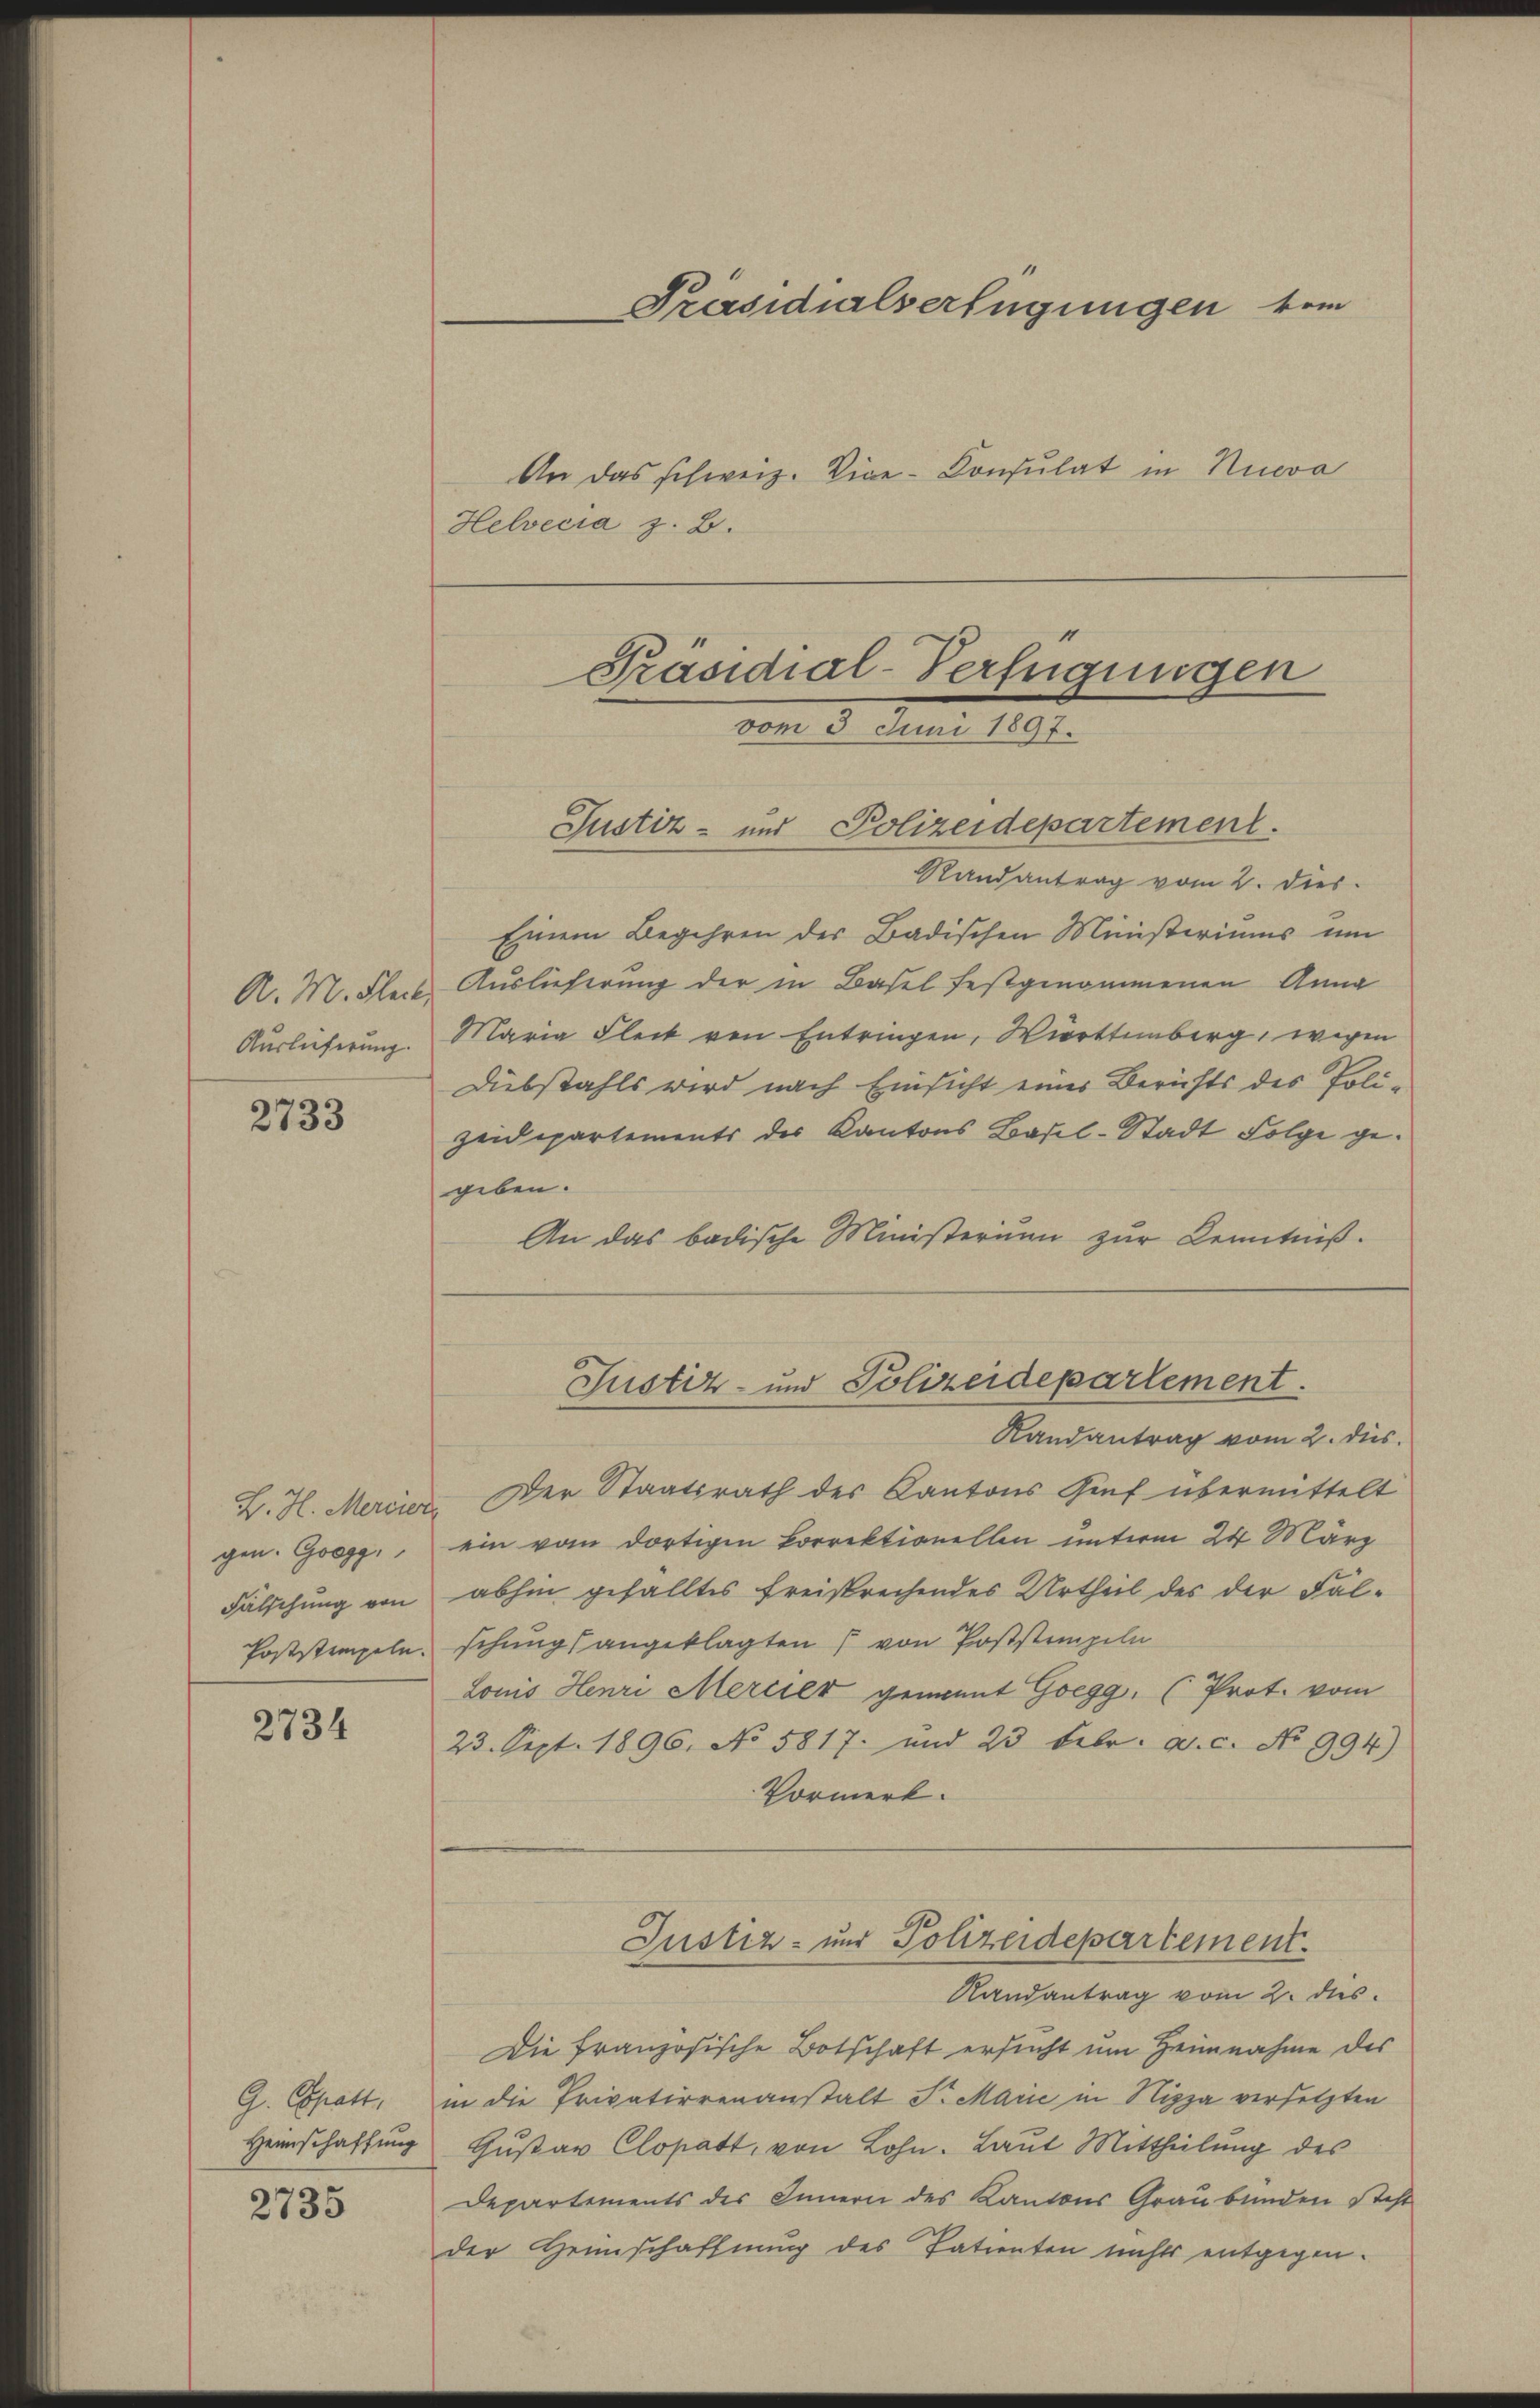
2733

gen. Geg
Fälschung von

2734

2735

Präsidialserfügungen vom
An das schweiz. Vice-Konsulat in Nueva
Helvecia z. B.

Präsidial-Verfügungen
vom 5. Juni 1897.
Justiz- und Polizeidepartement.

Justiz- und Polizeidepartement.

Randantrag vom 2. dies
B. H. Mercier. Der Staatsrath des Kantons Zinf übermittelt
ein vom dortigen korrektionellen unterm 24 März
abhin gefälltes Freisprechendes Urtheil des der Fal¬
Poststempeln, schung angeklagten von Poststempeln
Louis Henri Mercier genannt Goegg, (Prot. vom
23. Sept. 1896. No 5817. und 23 Febr. a. c. No 994)
Vormerk.

Randantrag vom 2. Dies
Einem Begehren des Badischen Ministeriums um
A. M. Fleis Auslieferung der in Basel festgenommenen Anna
Auslieferung. Maria Fleck von Entringen, Württemberg, wegen
Dubstahls wird nach Einsicht eines Berichts des Polizeidepartements des Kantons Basel-Stadt Folge gegeben.
An das badische Ministerium zur Kenntniß.

Justiz- und Polizeidepartement.
Randantrag vom 2. ds.

Die französische Botschaft ersucht um Heimnahme des
G. Epatt, in die Privatierenanstalt S. Marie in Nizza versetzten
Heinschaftung Gŭstav Clopatt, von Lohn. Laut Mittheilung des
Departements des Innern des Kantons Graubünden Stift
der Heimschaffnung des Patienten nichts entgegen¬